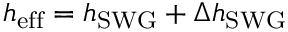
h _ { \mathrm { e f f } } = h _ { \mathrm { S W G } } + \Delta h _ { \mathrm { S W G } }